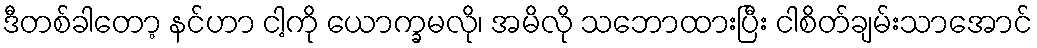
ဒီတစ်ခါတော့ နင်ဟာ ငါ့ကို ယောက္ခမလို၊ အမိလို သဘောထားပြီး ငါစိတ်ချမ်းသာအောင်